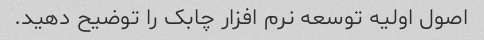
اصول اولیه توسعه نرم افزار چابک را توضیح دهید.